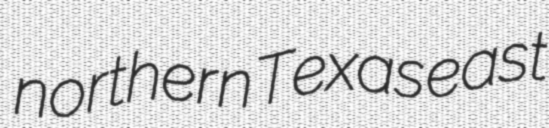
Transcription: northern Texas east